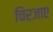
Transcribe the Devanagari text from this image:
चिरजाए